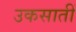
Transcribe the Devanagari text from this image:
उकसातीं